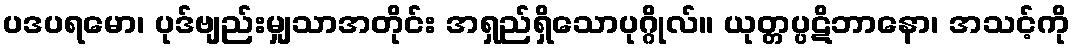
ပဒပရမော၊ ပုဒ်ဗျည်းမျှသာအတိုင်း အရှည်ရှိသောပုဂ္ဂိုလ်။ ယုတ္တပ္ပဋိဘာနော၊ အသင့်ကို